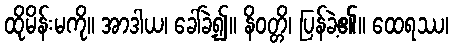
ထိုမိန်းမကို။ အာဒါယ၊ ခေါ်ခဲ့၍။ နိဝတ္တိ၊ ပြန်ခဲ့၏။ ထေရဿ၊